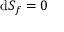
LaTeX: \mathrm { d } S _ { f } = 0